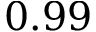
0 . 9 9